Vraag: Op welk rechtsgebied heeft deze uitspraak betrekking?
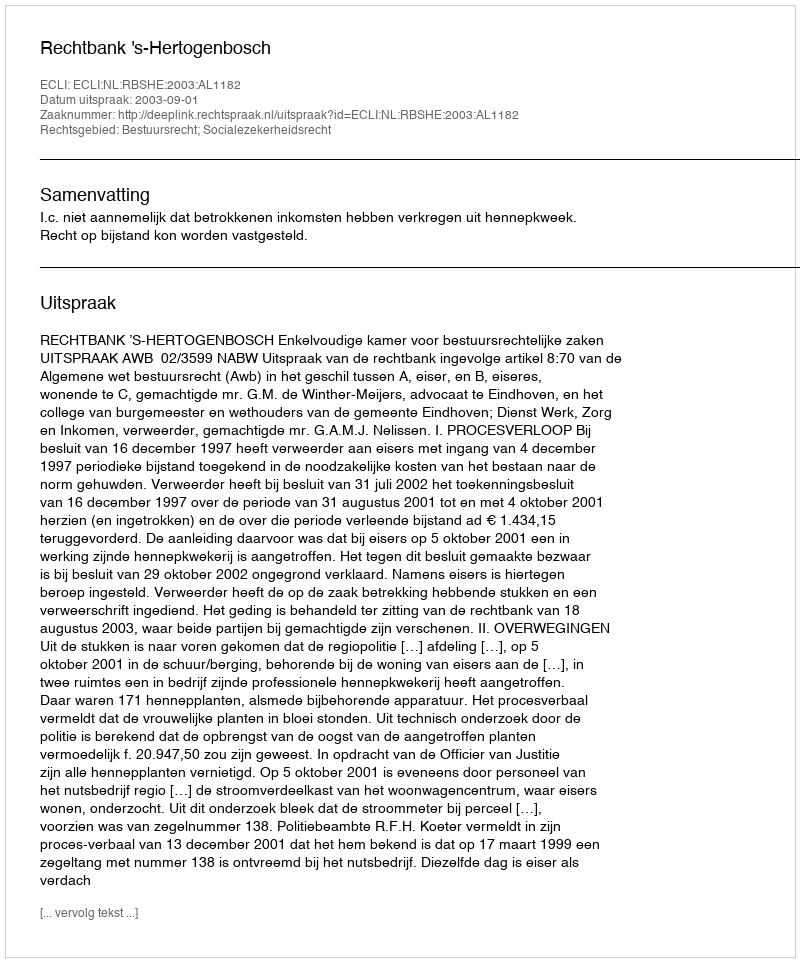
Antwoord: Bestuursrecht; Socialezekerheidsrecht